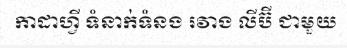
កាដាហ្វី ទំនាក់ទំនង រវាង លីប៊ី ជាមួយ